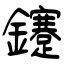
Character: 鑳